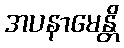
အပနာမေန္တိ